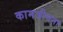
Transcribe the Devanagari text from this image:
कामजीवना